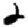
Digit: 2